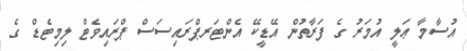
އުސާމާ ޢަލީ އުމަރު ގެ ފަރާތުން އޭޑީކޭ އެންޓަރޕްރައިސަސް ޕްރައިވެޓް ލިމިޓެޑް ގެ